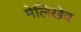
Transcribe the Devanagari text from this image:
मेलिखेव